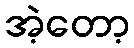
အဲ့တော့